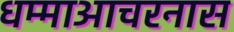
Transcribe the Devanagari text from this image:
धम्माआचरनास